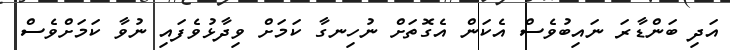
އަދި ބަންޑާރަ ނައިބުވެސް އެކަން އެގޮތަށް ނުހިނގާ ކަމަށް ވިދާޅުވެފައި ނުވާ ކަމަށްވެސް